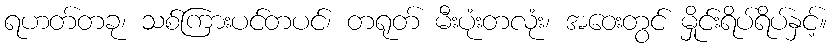
ရဟတ်တခု၊ သစ်ကြားပင်တပင်၊ တရုတ် မီးပုံးတလုံး၊ အဝေးတွင် မှိုင်းရိပ်ရိပ်နှင့်။